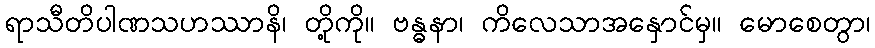
ရာသီတိပါဏသဟဿာနိ၊ တို့ကို။ ဗန္ဓနာ၊ ကိလေသာအနှောင်မှ။ မောစေတွာ၊